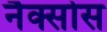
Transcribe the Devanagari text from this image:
नैक्सोस